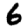
Digit: 6